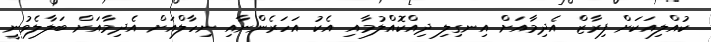
ކުއްލިއަކަށް ފިރާޒް އެދިމާއަށް އިނގިލި ދިއްކޮއްލުމާއި އެކު އަހަރެންނާއި ނިހާލްއަށް އެދިމާއަށް ބަލާލެވުނީ